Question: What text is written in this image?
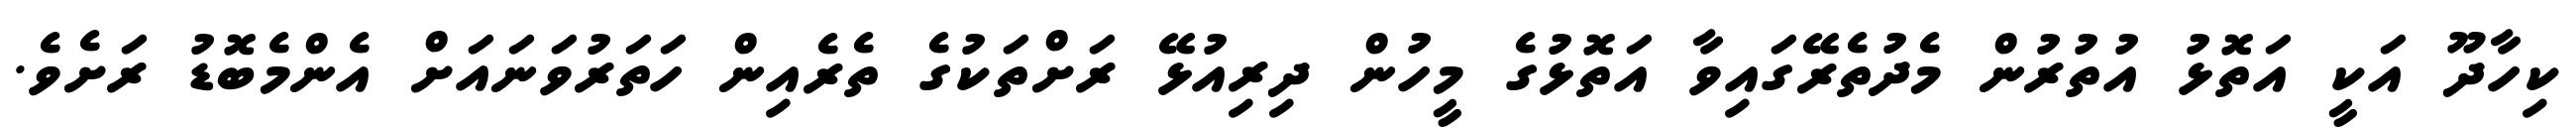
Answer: ކިހާދޫ އަކީ އަތޮޅު އުތުރުން މެދުތެރޭގައިވާ އަތޮޅުގެ މީހުން ދިރިއުޅޭ ރަށްތަކުގެ ތެރެއިން ހަތަރުވަނައަށް އެންމެބޮޑު ރަށެވެ.